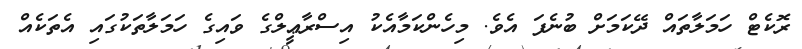
ރޮކެޓް ހަމަލާތައް ދޭކަމަށް ބުނެފަ އެވެ. މިހެންކަމާއެކު އިސްރާޢީލްގެ ވައިގެ ހަމަލާތަކުގައި އެތަކެއް